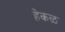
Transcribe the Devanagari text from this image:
हेकळ